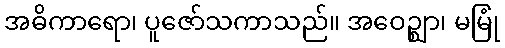
အဓိကာရော၊ ပူဇော်သကာသည်။ အဝေဉ္ဈာ၊ မမြုံ